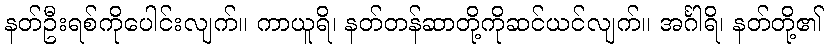
နတ်ဦးရစ်ကိုပေါင်းလျက်။ ကာယူရိ၊ နတ်တန်ဆာတို့ကိုဆင်ယင်လျက်။ အင်္ဂါရိ၊ နတ်တို့၏